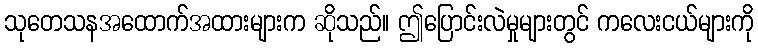
သုတေသနအထောက်အထားများက ဆိုသည်။ ဤပြောင်းလဲမှုများတွင် ကလေးငယ်များကို